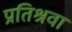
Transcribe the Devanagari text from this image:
प्रतिश्रवा